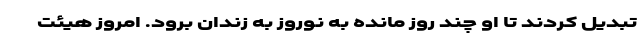
تبدیل کردند تا او چند روز مانده به نوروز به زندان برود. امروز هیئت